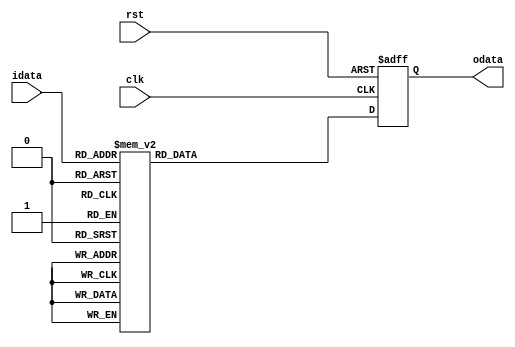
module SHEX (idata,rst,clk,odata);
input [3:0] idata;
input rst,clk;
output [6:0] odata;
reg [6:0] odata_r;
assign odata=odata_r;
always@(posedge clk or negedge rst)
 begin
   if(rst==1'b0)
    begin
     odata_r<=7'd0;
    end
    else
     begin
      case(idata)
       4'd0:odata_r<=7'b1000000;
       4'd1:odata_r<=7'b1111001;
       4'd2:odata_r<=7'b0100100;
       4'd3:odata_r<=7'b0110000;
       4'd4:odata_r<=7'b0011001;
       4'd5:odata_r<=7'b0010010;
       4'd6:odata_r<=7'b0000010;
       4'd7:odata_r<=7'b1111000;
       4'd8:odata_r<=7'b0000000;
       4'd9:odata_r<=7'b0010000;
       default:odata_r<=7'b0111111;
      endcase
     end
 end
 endmodule